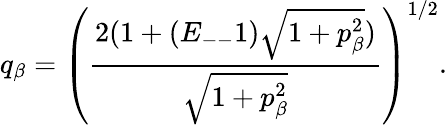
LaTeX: q_{\beta}=\left(\frac{2(1+(E_{--}1)\sqrt{1+p_{\beta}^{2}})}{\sqrt{1+p_{\beta}^{2}}}\right)^{1/2}.